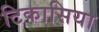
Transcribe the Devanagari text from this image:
टिकासिया